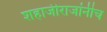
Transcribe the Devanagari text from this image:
शहाजीराजांनीच